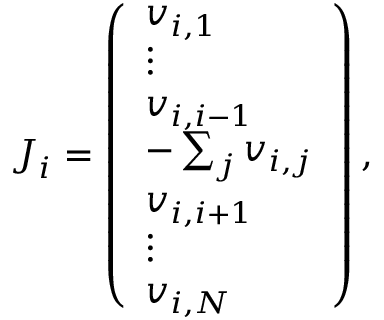
\begin{array} { r } { { \boldsymbol { J } } _ { i } = \left( \begin{array} { l } { { \boldsymbol { v } } _ { i , 1 } } \\ { \vdots } \\ { { \boldsymbol { v } } _ { i , i - 1 } } \\ { - \sum _ { j } { \boldsymbol { v } } _ { i , j } } \\ { { \boldsymbol { v } } _ { i , i + 1 } } \\ { \vdots } \\ { { \boldsymbol { v } } _ { i , N } } \end{array} \right) , } \end{array}